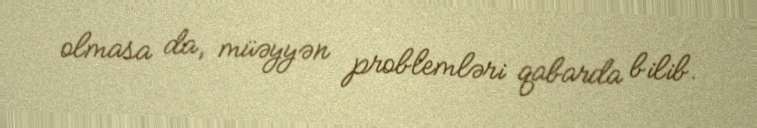
olmasa da, müəyyən problemləri qabarda bilib.